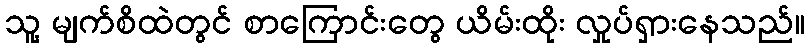
သူ့ မျက်စိထဲတွင် စာကြောင်းတွေ ယိမ်းထိုး လှုပ်ရှားနေသည်။